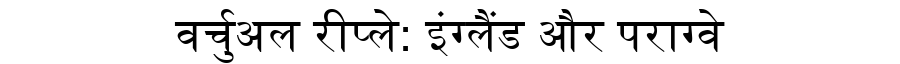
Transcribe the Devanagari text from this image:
वर्चुअल रीप्ले: इंग्लैंड और पराग्वे